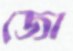
জো